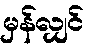
မှန်လျှင်